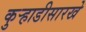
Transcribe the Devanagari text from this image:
कुर्‍हाडीसारखे